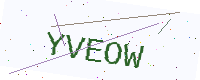
Text: YVEOW